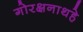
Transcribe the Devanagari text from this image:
गोरक्षनाथहे